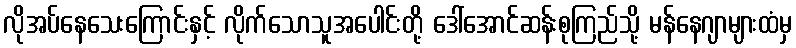
လိုအပ်နေသေးကြောင်းနှင့် လိုက်သောသူအပေါင်းတို့ ဒေါ်အောင်ဆန်းစုကြည်သို့ မန်နေဂျာများထံမှ